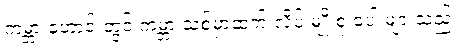
ကမ္ဘာ ဟောင်းတွင် ကမ္ဘာ သစ်မှာထက် လိပ် မျိုးစုံ ပေါ များသည်။